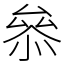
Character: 叅